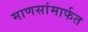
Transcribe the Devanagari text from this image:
माणसांमार्फत